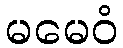
မမေဝံ